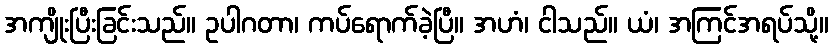
အကျိုးပြီးခြင်းသည်။ ဥပါဂတာ၊ ကပ်ရောက်ခဲ့ပြီ။ အဟံ၊ ငါသည်။ ယံ၊ အကြင်အရပ်သို့။